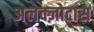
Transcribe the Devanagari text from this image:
अलेक्ज़ोटास